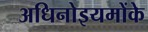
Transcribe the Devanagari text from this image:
अधिनोइयमोंके